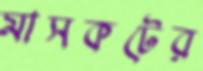
মাসকটের